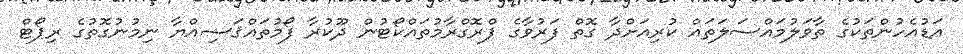
އަޑުއެހުންތަކުގެ ތާވަލުމައްސަލަތައް ކުރިއަށްދާ ގޮތް ފަރުވާގެ ޕްރޮގްރާމުތައްކޯޓުން ދޫކުރާ ފޯމުތައްޤަޟިއްޔާ ނިމުނުގޮތުގެ ރިޕޯޓް